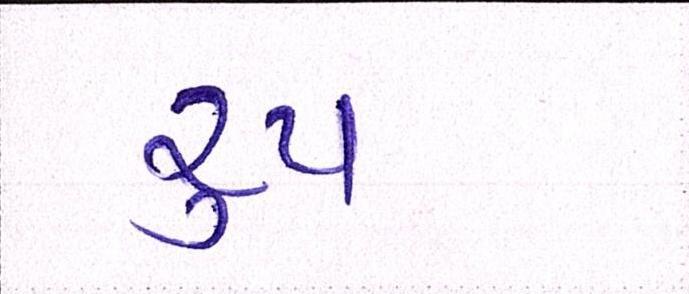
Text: રૂપ